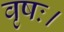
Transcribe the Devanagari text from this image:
वृषः।